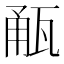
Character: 㼧